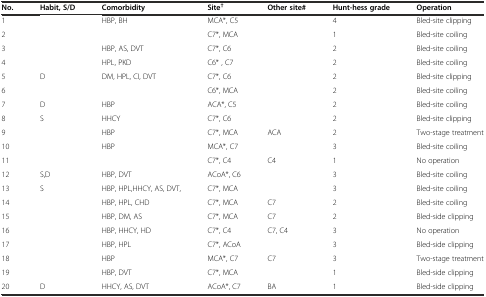
| No. | Habit, S/D | Comorbidity | Site† | Other site# | Hunt-hess grade | Operation |
 | --- | --- | --- | --- | --- | --- | --- |
 | 1 |  | HBP, BH | MCA*, C5 |  | 4 | Bled-site clipping |
 | 2 |  |  | C7*, MCA |  | 1 | Bled-site coiling |
 | 3 |  | HBP, AS, DVT | C7*, C6 |  | 2 | Bled-site coiling |
 | 4 |  | HPL, PKD | C6* , C7 |  | 2 | Bled-site coiling |
 | 5 | D | DM, HPL, CI, DVT | C7*, C6 |  | 2 | Bled-site clipping |
 | 6 |  |  | C6*, MCA |  | 2 | Bled-site coiling |
 | 7 | D | HBP | ACA*, C5 |  | 2 | Bled-site coiling |
 | 8 | S | HHCY | C7*, C6 |  | 2 | Bled-site clipping |
 | 9 |  | HBP | C7*, MCA | ACA | 2 | Two-stage treatment |
 | 10 |  | HBP | MCA*, C7 |  | 3 | Bled-site coiling |
 | 11 |  |  | C7*, C4 | C4 | 1 | No operation |
 | 12 | S,D | HBP, DVT | ACoA*, C6 |  | 3 | Bled-site coiling |
 | 13 | S | HBP, HPL,HHCY, AS, DVT, | C7*, MCA |  | 3 | Bled-site coiling |
 | 14 |  | HBP, HPL, CHD | C7*, MCA | C7 | 2 | Bled-site coiling |
 | 15 |  | HBP, DM, AS | C7*, MCA | C7 | 2 | Bled-side clipping |
 | 16 |  | HBP, HHCY, HD | C7*, C4 | C7, C4 | 3 | No operation |
 | 17 |  | HBP, HPL | C7*, ACoA |  | 3 | Bled-side clipping |
 | 18 |  | HBP | MCA*, C7 | C7 | 3 | Two-stage treatment |
 | 19 |  | HBP, DVT | C7*, MCA |  | 1 | Bled-side clipping |
 | 20 | D | HHCY, AS, DVT | ACoA*, C7 | BA | 1 | Bled-side clipping |